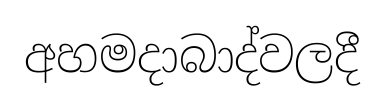
අහමදාබාද්වලදී